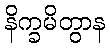
နိက္ခမိတွာန